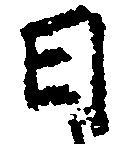
日